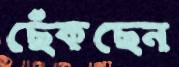
ছেঁকছেন